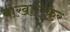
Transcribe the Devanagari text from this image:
वाखारिकर